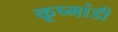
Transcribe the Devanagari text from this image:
कूष्मांडी